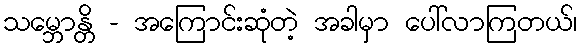
သမ္ဘောန္တိ - အကြောင်းဆုံတဲ့ အခါမှာ ပေါ်လာကြတယ်၊